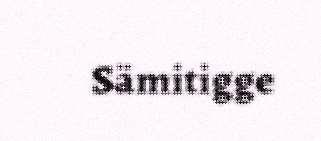
Sämitigge